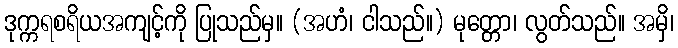
ဒုက္ကရစရိယအကျင့်ကို ပြုသည်မှ။ (အဟံ၊ ငါသည်။) မုတ္တော၊ လွတ်သည်။ အမှိ၊